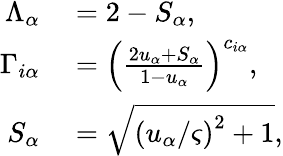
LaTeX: \begin{array}{rl}{\Lambda_{\alpha}}&{{}=2-S_{\alpha},}\\ {\Gamma_{i\alpha}}&{{}={\left(\frac{2u_{\alpha}+S_{\alpha}}{1-u_{\alpha}}\right)}^{c_{i\alpha}},}\\ {S_{\alpha}}&{{}=\sqrt{{(u_{\alpha}/\varsigma)}^{2}+1},}\end{array}